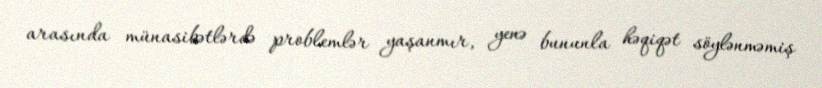
arasında münasibətlərdə problemlər yaşanmır, yenə bununla həqiqət söylənməmiş